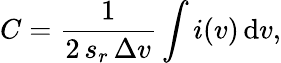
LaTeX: C=\frac{1}{2\, s_{r}\, \Delta v}\int i(v)\, \textrm{d}v,